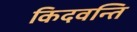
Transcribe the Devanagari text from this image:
किदवन्ति